Vaccination in Bombay 1874-1876 - 1874-1876
Year: 1874
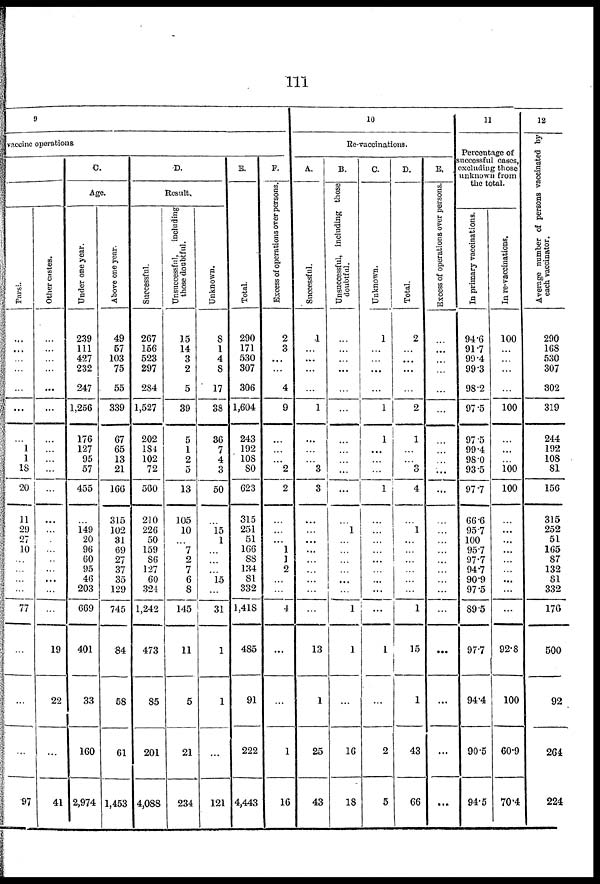
111
9
vaccine operations
Parsi.
...
...
...
...
...
...
...
1
1
18
20
11
29
27
10
...
...
...
...
77
...
...
...
97
Other castes.
...
...
...
...
...
...
...
...
...
...
...
...
...
.
...
...
...
...
...
...
19
22
...
41
C.
Age.
Under one year.
239
111
427
232
247
1,256
176
127
95
57
455
...
149
20
96
60
95
46
203
669
401
33
160
2,974
Above one year.
49
57
103
75
55
339
67
65
13
21
166
315
102
31
69
27
37
35
129
745
84
58
61
1,453
D.
Result.
Successful.
267
156
523
297
284
1,527
202
l84
102
72
560
210
226
50
159
86
127
60
324
1,242
473
85
201
4,088
Unsuccessful, including
those doubtful.
15
14
3
2
5
39
5
1
2
5
13
105
10
...
7
2
7
6
8
145
11
5
21
234
Unknown.
8
1
4
8
17
38
36
7
4
3
50
...
15
1
...
...
...
15
...
31
1
1
...
121
E.
Total.
290
171
530
307
306
1,604
243
192
108
80
623
315
251
51
166
88
134
81
332
1,418
485
91
222
4,443
F.
Excess of operations over persons.
2
3
...
...
4
9
...
...
...
2
2
...
...
...
1
1
2
...
...
4
...
...
1
16
10
Re-vaccinations.
A.
Successful.
1
...
...
...
...
1
...
...
...
3
3
...
...
...
...
...
...
...
...
...
13
1
25
43
B.
Unsuccessful, including those
doubtful.
...
...
...
...
...
...
...
...
...
...
...
...
1
...
...
...
...
...
...
1
1
...
16
18
C.
Unknown.
1
...
...
...
...
1
1
...
...
...
1
...
...
...
...
...
...
...
...
...
1
...
2
5
D.
Total.
2
...
...
...
...
2
1
...
...
3
4
...
1
...
...
...
...
...
...
1
15
1
43
66
E.
Excess of operations over persons.
...
...
...
...
...
...
...
...
...
...
...
...
...
...
...
...
...
...
...
...
...
...
...
...
11
Percentage of
successful cases,
excluding those
unknown from
the total.
In primary vaccinations.
94.6
91.7
99.4
99.3
98.2
97.5
97.5
99.4
98.0
93.5
97.7
66.6
95.7
100
95.7
97.7
94.7
90.9
97.5
89.5
97.7
94.4
90.5
94.5
In re-vaccinations.
100
...
...
...
...
100
...
...
...
100
100
...
...
...
...
...
...
...
...
...
92.8
100
60.9
70.4
12
Average number of persons vaccinated by
each vaccinator.
290
168
530
307
302
319
244
192
108
81
156
315
252
51
165
87
132
81
332
176
500
92
264
224